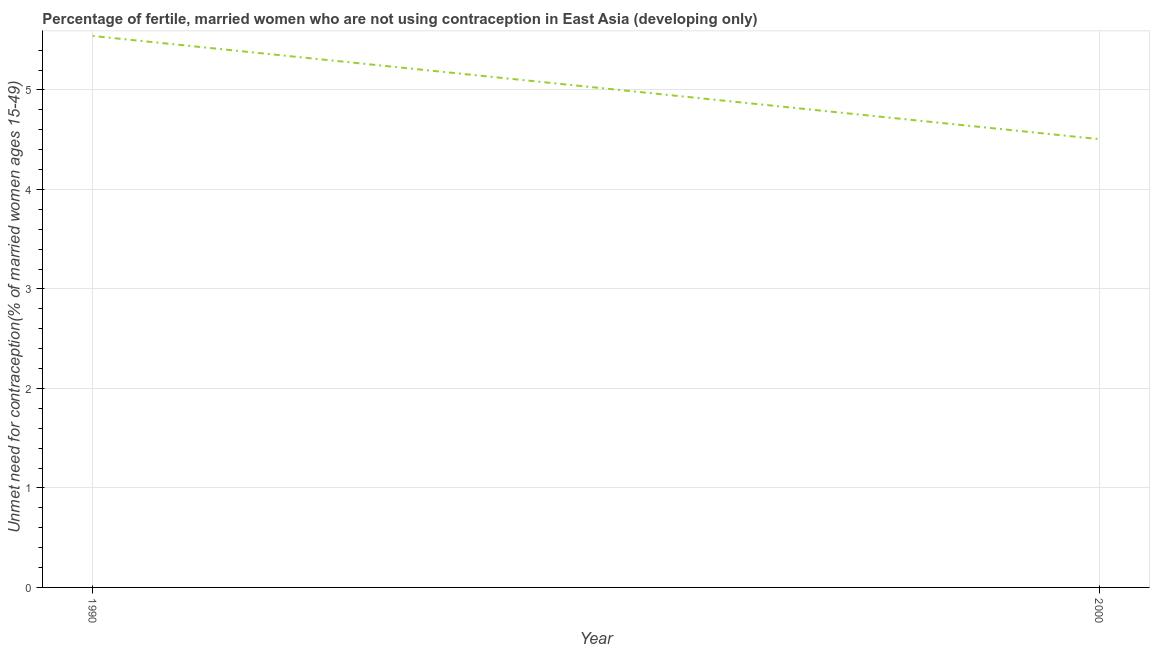
| Year | Unmet need for contraception |
 | --- | --- |
 | 1990 | 5.54 |
 | 2000 | 4.51 |